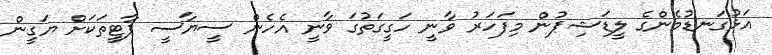
އަޅުގަނޑުމެންގެ ލީޑަޝިޕުން މިފަހަރު ވާނީ ހަގީގަތުގަ ވާނީ އެހެން ސީޔާސީ ޕާޓީތަކަށް ޔަގީން